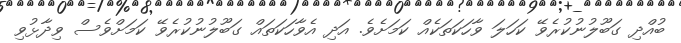
ބުއްދި ގަބޫލުނުކުރެވޭ ކަހަލަ ވާހަަކަތަކެއް ކަމަށެވެ. އަދި އެވާހަކަތައް ގަބޫލުނުކުރެވޭ ކަމަށްވެސް ވިދާޅުވި